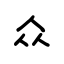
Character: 众